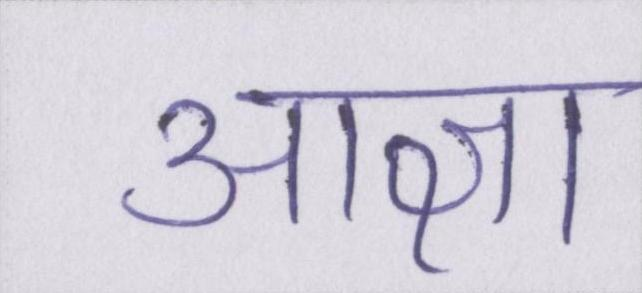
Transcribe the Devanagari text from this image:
आज्ञा